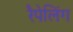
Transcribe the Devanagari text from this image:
रैपेलिंग